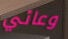
وعائي